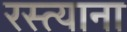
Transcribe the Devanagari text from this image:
रस्त्याना